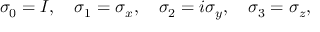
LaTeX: \sigma _ { 0 } = I , \quad \sigma _ { 1 } = \sigma _ { x } , \quad \sigma _ { 2 } = i \sigma _ { y } , \quad \sigma _ { 3 } = \sigma _ { z } ,